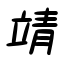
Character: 靖